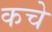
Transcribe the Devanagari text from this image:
कचे